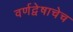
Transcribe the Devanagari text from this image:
वर्णद्वेषाचेच